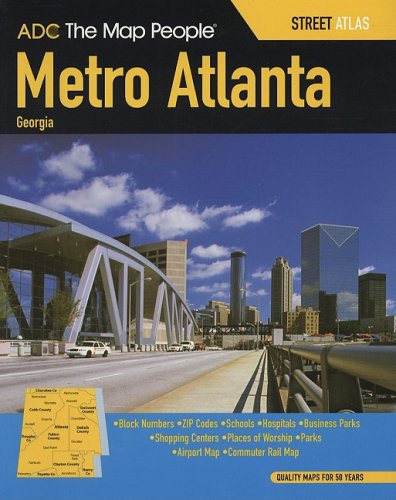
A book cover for ADC The Map People Metro Atlanta, Georgia; ADC the Map People; Travel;